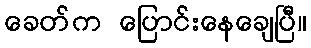
ခေတ်က ပြောင်းနေချေပြီ။